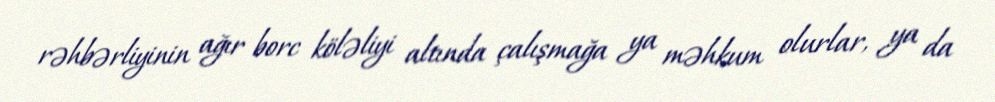
rəhbərliyinin ağır borc köləliyi altında çalışmağa ya məhkum olurlar, ya da